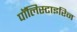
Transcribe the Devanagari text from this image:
पॉलिस्टाइरिन